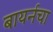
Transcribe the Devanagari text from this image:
बायर्नचा